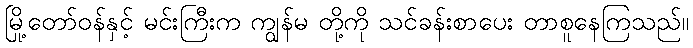
မြို့တော်ဝန်နှင့် မင်းကြီးက ကျွန်မ တို့ကို သင်ခန်းစာပေး တာစူနေကြသည်။